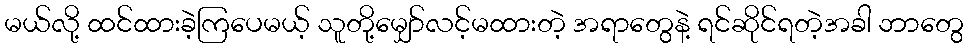
မယ်လို့ ထင်ထားခဲ့ကြပေမယ့် သူတို့မျှော်လင့်မထားတဲ့ အရာတွေနဲ့ ရင်ဆိုင်ရတဲ့အခါ ဘာတွေ